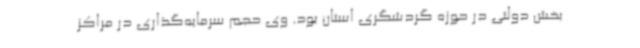
بخش دولتی در حوزه گردشگری استان بود. وی حجم سرمایه‌گذاری در مراکز